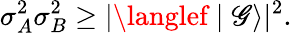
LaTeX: \sigma_{A}^{2}\sigma_{B}^{2}\geq|\langlef\mid\mathscr{G}\rangle|^{2}.